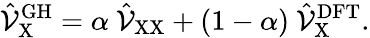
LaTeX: \hat{\mathcal{V}}_{\mathrm{X}}^{\mathrm{GH}}=\alpha\ \hat{\mathcal{V}}_{\mathrm{XX}}+(1-\alpha)\ \hat{\mathcal{V}}_{\mathrm{X}}^{\mathrm{DFT}}.